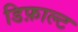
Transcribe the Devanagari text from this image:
डिफ़ाल्ट